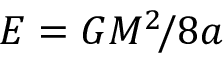
E = G M ^ { 2 } \! / 8 a